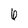
Character: 6